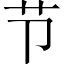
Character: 节